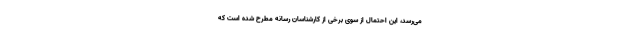
می‌رسد، این احتمال از سوی برخی از کارشناسان رسانه مطرح شده است که